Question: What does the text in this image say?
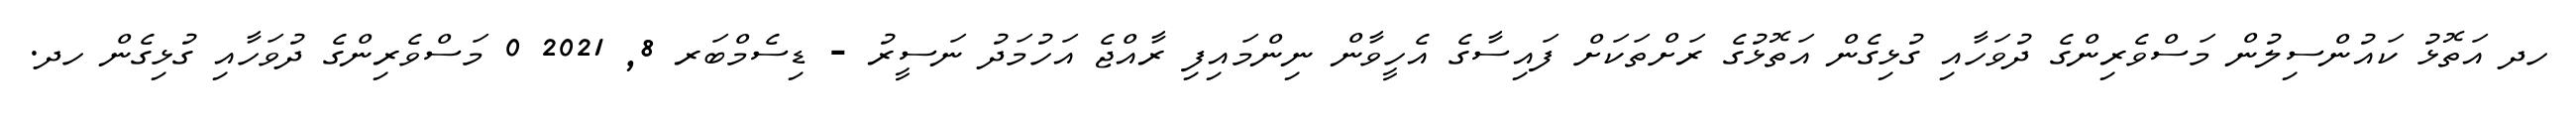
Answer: ހދ އަތޮޅު ކައުންސިލުން މަސްވެރިންގެ ދުވަހާއި ގުޅިގެން އަތޮޅުގެ ރަށްތަކަށް ފައިސާގެ އެހީވާން ނިންމައިފި ރާއްޖެ އަހުމަދު ނަސީރު - ޑިސެމްބަރ 8, 2021 0 މަސްވެރިންގެ ދުވަހާއި ގުޅިގެން ހދ.